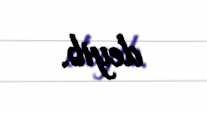
deyib.